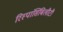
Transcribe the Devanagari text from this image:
रिस्पांसिबिलीटी